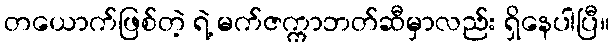
တယောက်ဖြစ်တဲ့ ရဲ့ မက်ဇက္ကာဘတ်ဆီမှာလည်း ရှိနေပါပြီ။